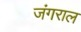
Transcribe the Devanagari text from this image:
जंगराल